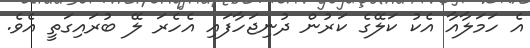
އެ ހަމަލާއާ އެކު ކަލޭގެ ކަރުން ދުނިޖަހާފައި އެހެރަ ލޭ ބުރައިގަތީ އެވެ.